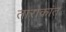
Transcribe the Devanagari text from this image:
ताराकांत